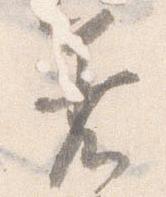
着